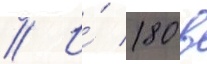
// И́ 180 в